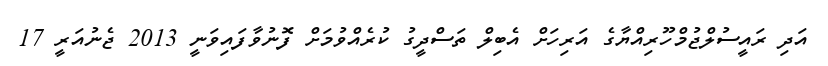
އަދި ރައީސުލްޖުމްހޫރިއްޔާގެ އަރިހަށް އެބިލް ތަސްދީގު ކުރެއްވުމަށް ފޮނުވާފައިވަނީ 2013 ޖެނުއަރީ 17